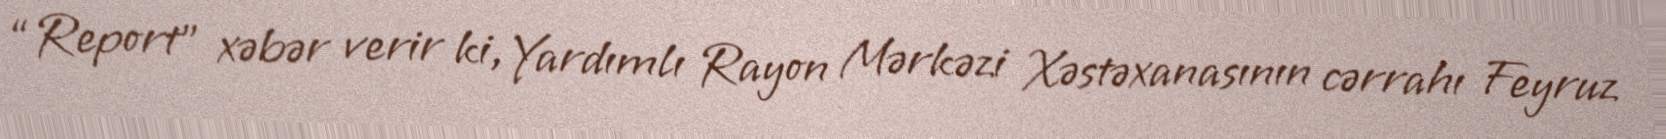
“Report” xəbər verir ki, Yardımlı Rayon Mərkəzi Xəstəxanasının cərrahı Feyruz